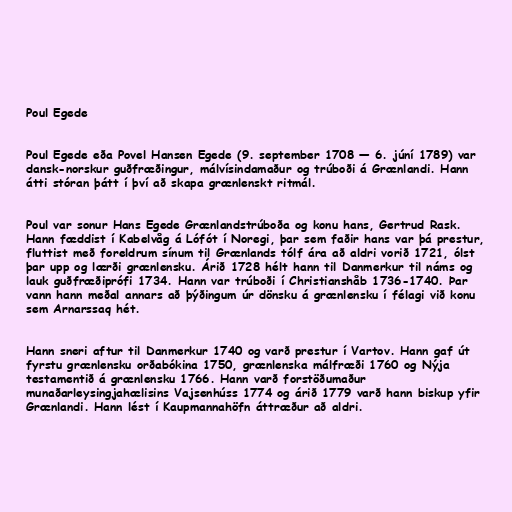
Poul Egede

Poul Egede eða Povel Hansen Egede (9. september 1708 — 6. júní 1789) var
dansk-norskur guðfræðingur, málvísindamaður og trúboði á Grænlandi. Hann
átti stóran þátt í því að skapa grænlenskt ritmál.

Poul var sonur Hans Egede Grænlandstrúboða og konu hans, Gertrud Rask.
Hann fæddist í Kabelvåg á Lófót í Noregi, þar sem faðir hans var þá prestur,
fluttist með foreldrum sínum til Grænlands tólf ára að aldri vorið 1721, ólst
þar upp og lærði grænlensku. Árið 1728 hélt hann til Danmerkur til náms og
lauk guðfræðiprófi 1734. Hann var trúboði í Christianshåb 1736-1740. Þar
vann hann meðal annars að þýðingum úr dönsku á grænlensku í félagi við konu
sem Arnarssaq hét.

Hann sneri aftur til Danmerkur 1740 og varð prestur í Vartov. Hann gaf út
fyrstu grænlensku orðabókina 1750, grænlenska málfræði 1760 og Nýja
testamentið á grænlensku 1766. Hann varð forstöðumaður
munaðarleysingjahælisins Vajsenhúss 1774 og árið 1779 varð hann biskup yfir
Grænlandi. Hann lést í Kaupmannahöfn áttræður að aldri.